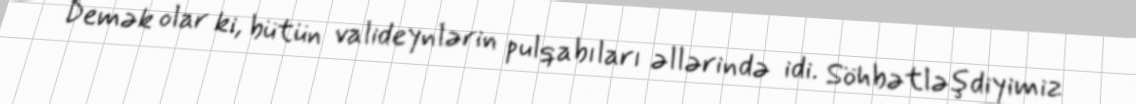
Demək olar ki, bütün valideynlərin pulqabıları əllərində idi. Söhbətləşdiyimiz